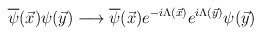
\begin{align*}\overline{\psi}(\vec{x})\psi(\vec{y}) \longrightarrow \overline{\psi}(\vec{x}) e^{-i\Lambda(\vec{x})} e^{i\Lambda(\vec{y})}\psi(\vec{y})\end{align*}